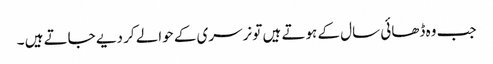
جب وہ ڈھائی سال کے ہوتے ہیں تو نرسری کے حوالے کر دیے جاتے ہیں ۔